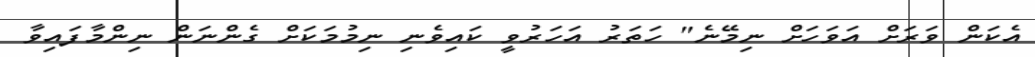
އެކަން ވަަރަށް އަވަހަށް ނިމޭނެ" ހަތަރު އަހަރުވީ ކައިވެނި ނިމުމަކަށް ގެންނަން ނިންމާފައިވާ